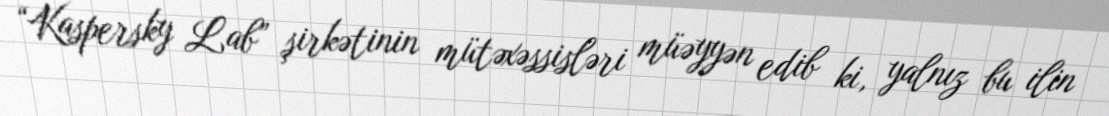
“Kaspersky Lab” şirkətinin mütəxəssisləri müəyyən edib ki, yalnız bu ilin